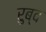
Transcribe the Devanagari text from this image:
रुब्द